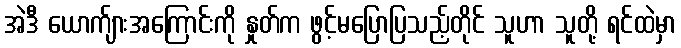
အဲဒီ ယောက်ျားအကြောင်းကို နှုတ်က ဖွင့်မပြောပြသည့်တိုင် သူဟာ သူတို့ ရင်ထဲမှာ